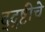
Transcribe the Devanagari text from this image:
द्द्ष्टीचे